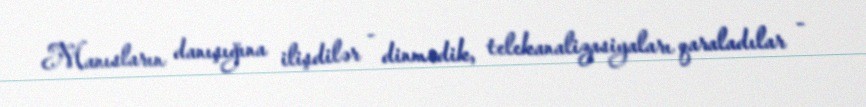
Manısların danışığına ilişdilər - dinmədik, telekanalizasiyaları qaraladılar -